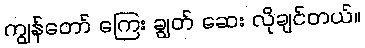
ကျွန်တော် ကြေး ချွတ် ဆေး လိုချင်တယ်။